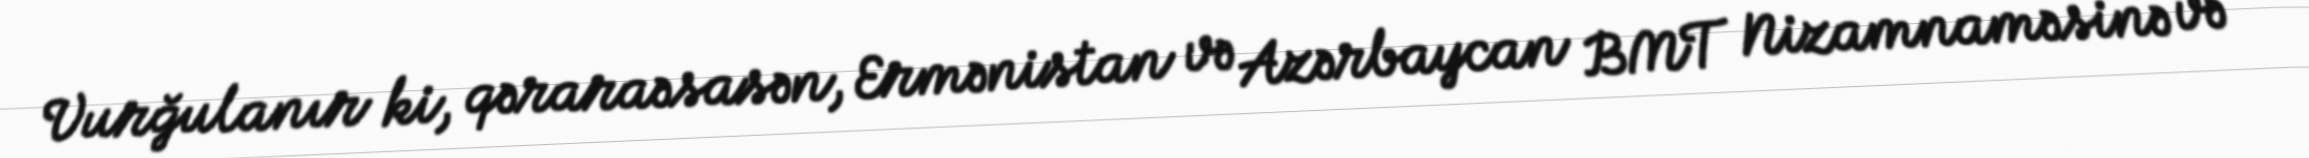
Vurğulanır ki, qəraraəsasən, Ermənistan və Azərbaycan BMT Nizamnaməsinə və